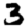
Digit: 3